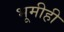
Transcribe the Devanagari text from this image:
भूमीही